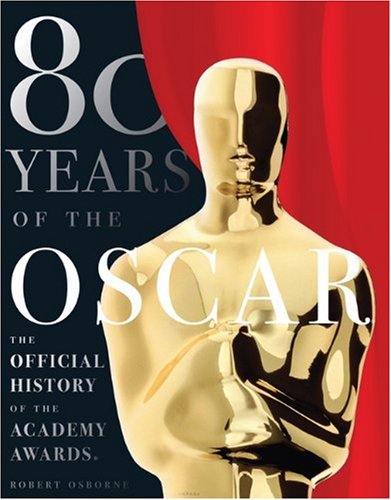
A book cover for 80 Years of the Oscar: The Official History of the Academy Awards; Robert Osborne; Crafts, Hobbies & Home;